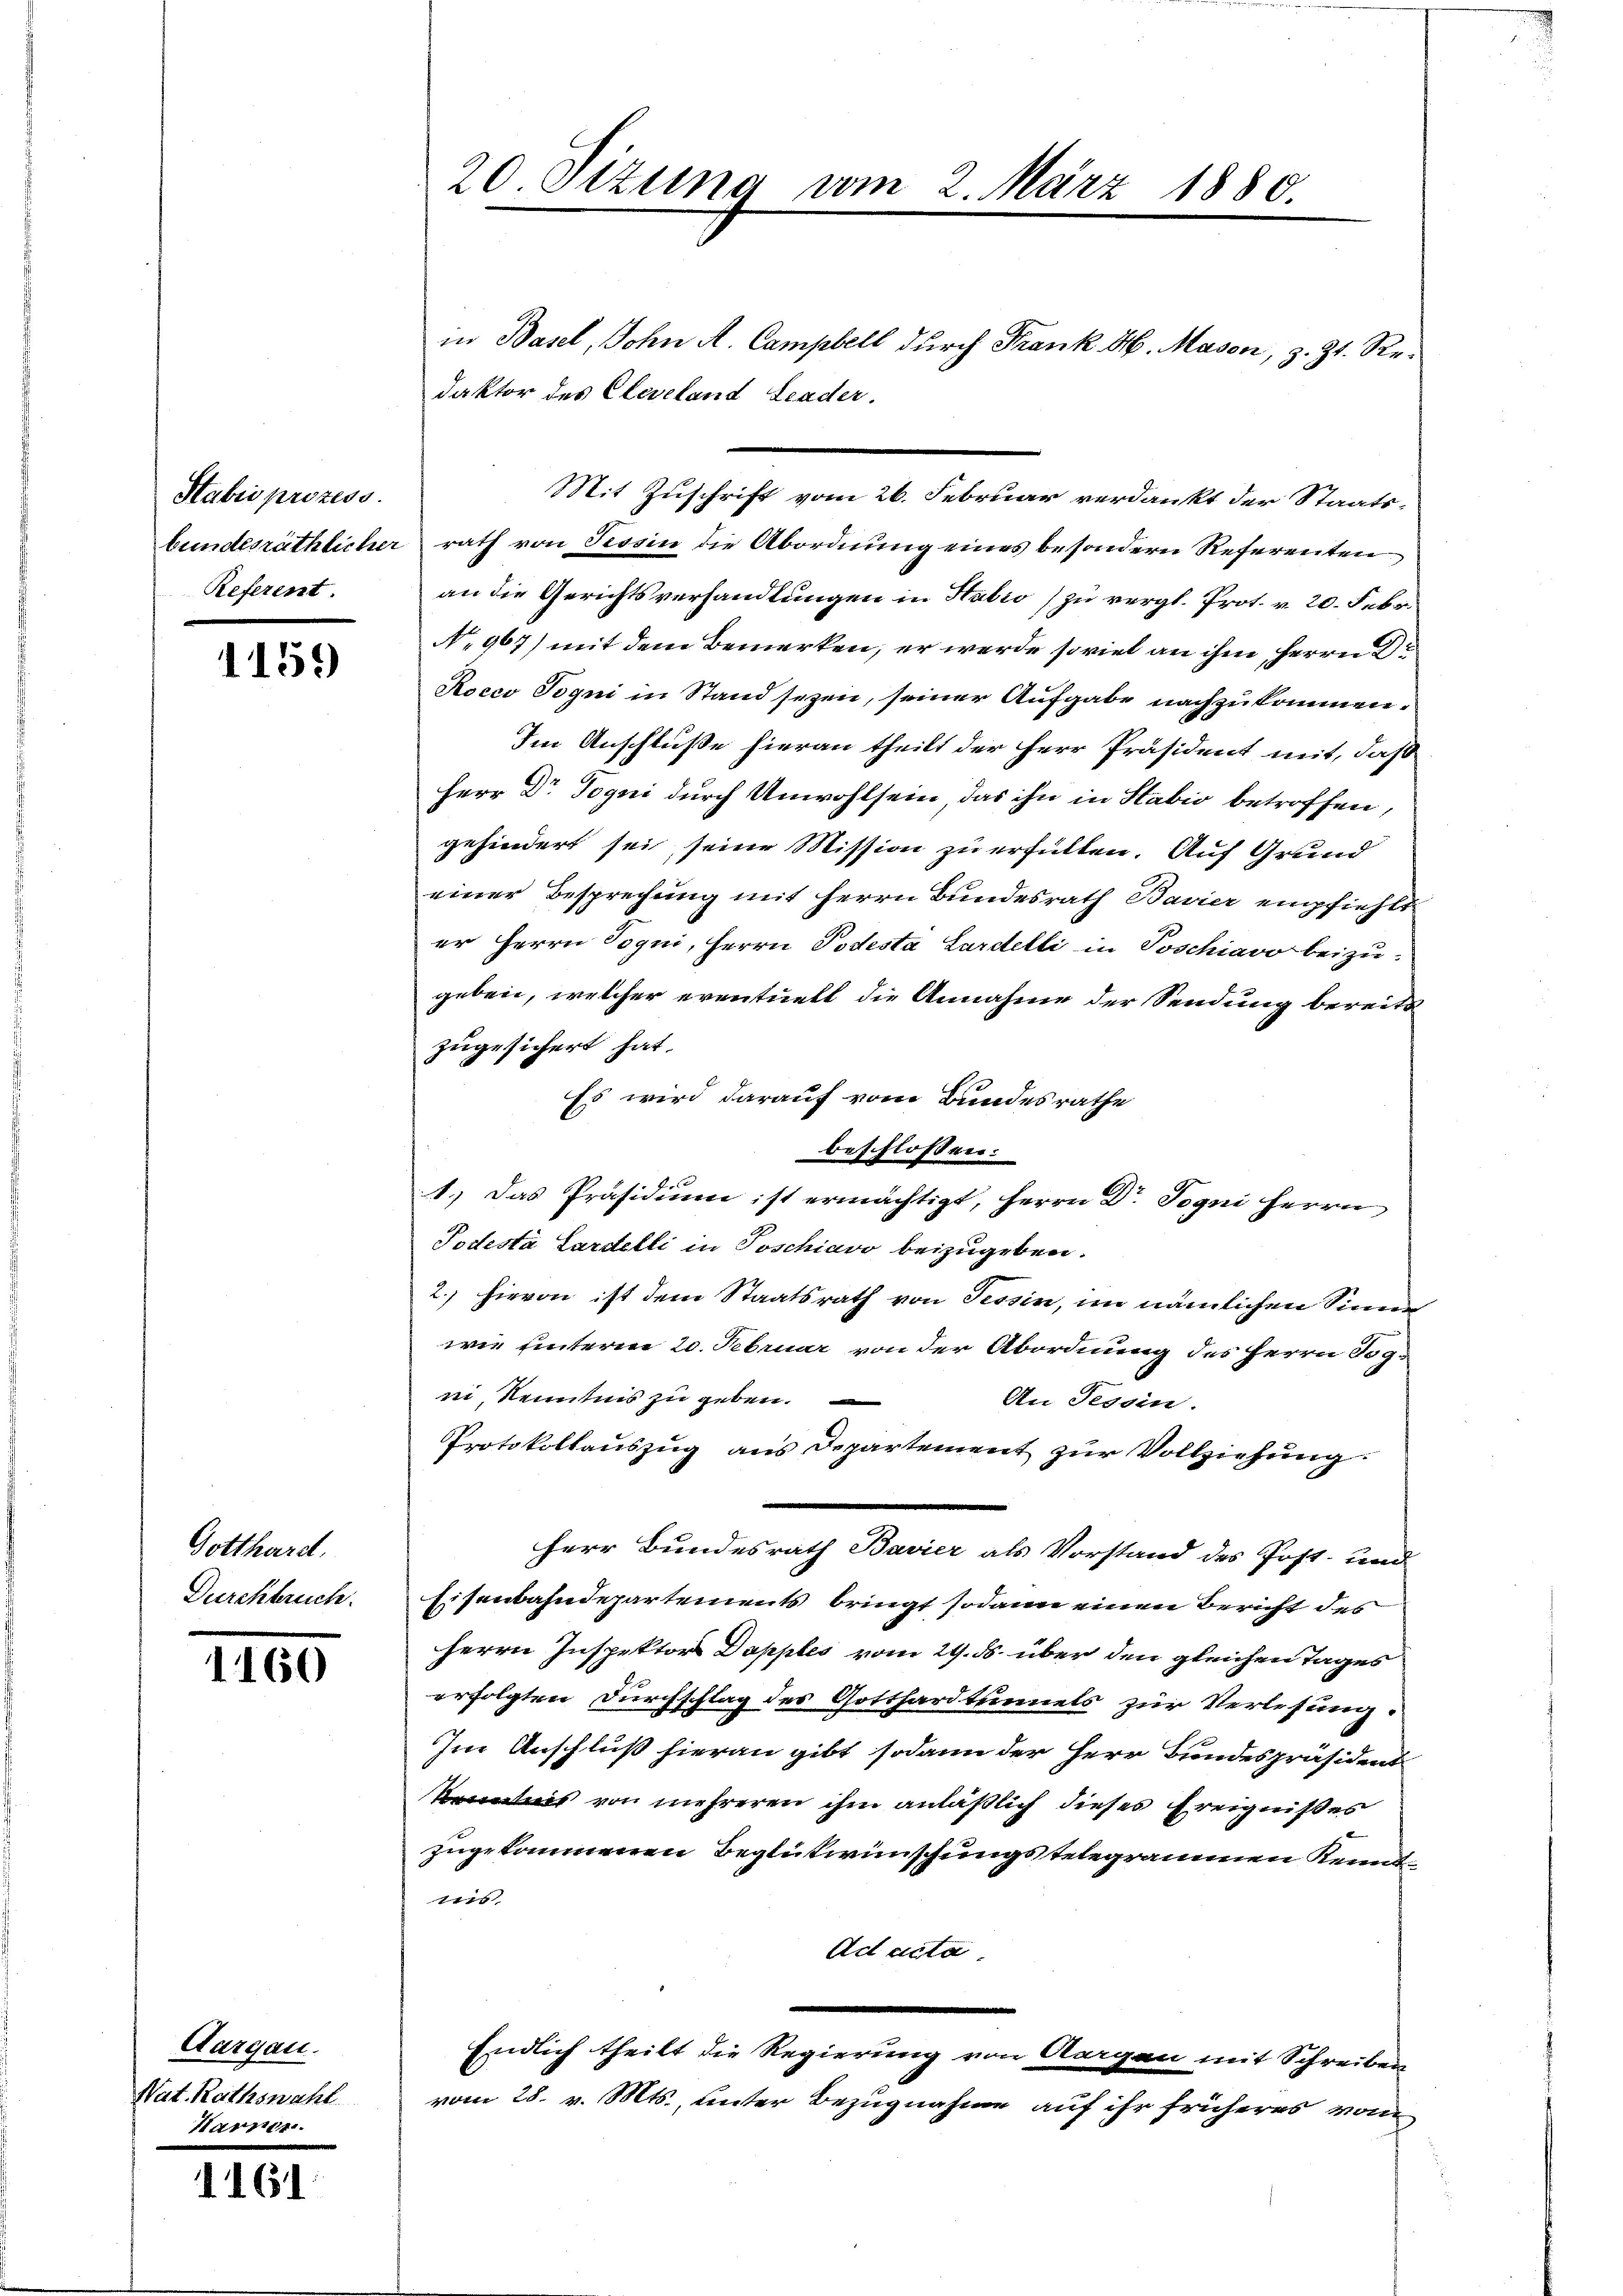
Stabii prozess.
bundesräthlicher
Referent

1159

Gotthard.
Durchbruch.

1160

Aargau.
Nat. Rathswahl.
Harner

1161

20 Sizung vom 2. März 1880.

in Basel, John A. Campbell durch Frank H. Masen, z. Zt. Redaktor des Cleveland Leder.
Mit Zuschrift vom 26. Februar verdankt der Staats-
rath von Tessin die Abordnung eines besondern Referenten
an die Gerichtsverhandlungen in Habio zu vergl. Prot. v. 20. Febr.
No 967) mit dem Bemerken, er werde so viel an ihm Herrn Dr
Rocco Togni in Stand sezen, seiner Aufgabe nachzukommen.
Im Anschluße hieran theilt der Herr Präsident mit, daß
Herr Dr. Togni durch Unwohlsein, das ihn in Stabio betroffen,
gehindert sei seine Mission zu erfüllen. Auf Grund
einer Besprechung mit Herrn Bundesrath Bavier empfiehlt
er Herrn Poqui, Herrn Podesta Sardelli in Poschiavo beizugeben, welcher eventuell die Annahme der Sendung bereits
zugesichert hat.
Es wird darauf vom Bundesrathe
beschlossen:
1.) Das Präsidium ist ermächtigt, Herrn Dr. Jogni Herrn
Todestà Lardelli in Toschiavo beizugeben.
2. hievon ist dem Staatsrath von Tessin, im nämlichen Sinne
wie hinterm 20. Februar von der Abordnung des Herrn Jogni, Renntnis zu geben.
An Tessin.
Protokollauszug aus Departement zur Vollziehung
Herr Bundesrath Bavier als Vorstand des Post- und
Eisenbahndepartements bringt sodann einen Bericht des
Herrn Inspektors Dapples vom 29. ds. über den gleichen Tages
erfolgten Durchschlag des Gotthardtunnels zur Verlesung.
Im Anschluß hieran gibt sodann der Herr Bundespräsident
Kenntnis von mehreren ihm anläßlich dieses Ereignißes
zugekommenen Beglükwünschungstelegramen Kennt¬
741
Ad acta.
Endlich theilt die Regierung von Aargen mit Schreiben
vom 28. v. Mts., unter Bezugnahme auf ihr früheres vom